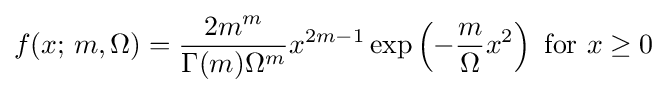
f(x;\,m,\Omega )={\frac {2m^{m}}{\Gamma (m)\Omega ^{m}}}x^{2m-1}\exp \left(-{\frac {m}{\Omega }}x^{2}\right){\text{ for }}x\geq 0